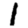
Digit: 1